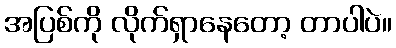
အပြစ်ကို လိုက်ရှာနေတော့ တာပါပဲ။